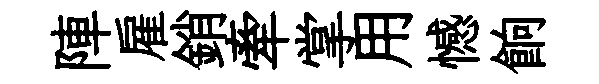
陣雇銷牽掌用憾餉